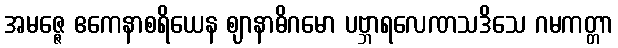
အမဇ္ဇေ ဧကေနာစရိယေန ဈာနာဓိဂမော ပဗ္ဘာရလေဏသဒိသေ ဂမကတ္တာ